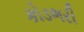
કોડભરી